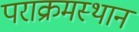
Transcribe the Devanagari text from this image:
पराक्रमस्थान